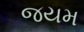
જયમ